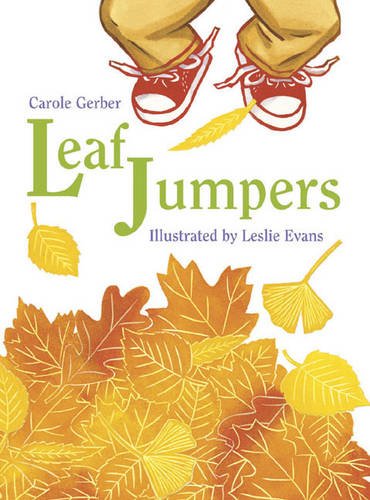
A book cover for Leaf Jumpers; Carole Gerber; Children's Books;